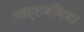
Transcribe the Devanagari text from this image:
नक़्शबंदिया